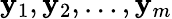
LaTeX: \mathbf{y}_{1},\mathbf{y}_{2},\dots,\mathbf{y}_{m}